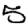
Digit: 5